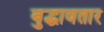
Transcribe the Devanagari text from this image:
बुद्धावतार